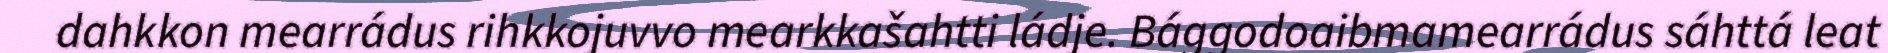
dahkkon mearrádus rihkkojuvvo mearkkašahtti ládje. Bággodoaibmamearrádus sáhttá leat